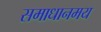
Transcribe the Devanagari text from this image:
समाधानमय